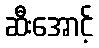
ဆီးအောင့်